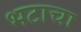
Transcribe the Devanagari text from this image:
भटाचा